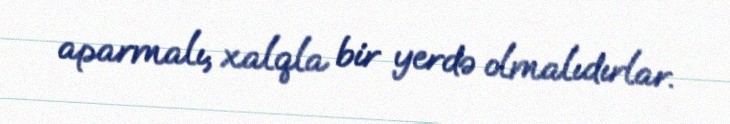
aparmalı, xalqla bir yerdə olmalıdırlar.